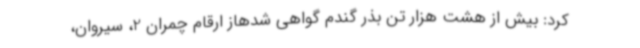
کرد: بیش از هشت هزار تن بذر گندم گواهی شدهاز ارقام چمران 2، سیروان،